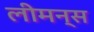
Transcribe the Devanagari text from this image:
लीमन्स